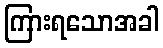
ကြားရသောအခါ